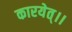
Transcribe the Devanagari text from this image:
कारयेत्।।